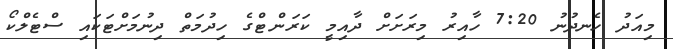
މިއަދު ހެނދުނު 7:20 ހާއިރު މިރަށަށް ދާއިމީ ކަރަންޓްގެ ހިދުމަތް ދިނުމަށްޓަކައި ސްޓެލްކޯ